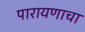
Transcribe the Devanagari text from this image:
पारायणाचा